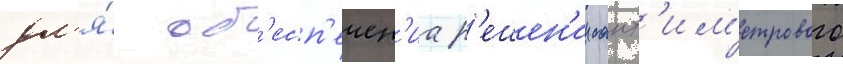
дл'я́ об'есп'ечен'иа р'ешен'ии сант'им'етрового